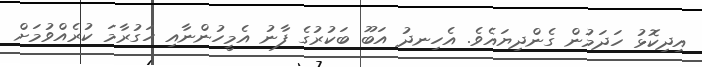
އިދިކޮޅު ހަދަމުން ގެންދިޔައެވެ. އެހިނދު އަބޫ ބަކުރުގެ ފާނު އެމީހުންނާއި ހަގުރާމަ ކުރެއްވުމަށް